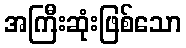
အကြီးဆုံးဖြစ်သော